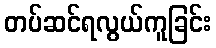
တပ်ဆင်ရလွယ်ကူခြင်း